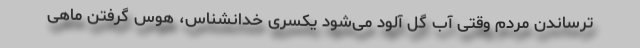
ترساندن مردم وقتی آب گل آلود می‌شود یکسری خدانشناس، هوس گرفتن ماهی